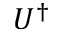
U ^ { \dag }